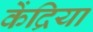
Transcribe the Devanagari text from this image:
केंद्रिया